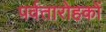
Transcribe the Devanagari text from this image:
पर्वतारोहकों